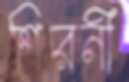
শিরনী